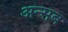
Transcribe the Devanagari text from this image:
अन्सब